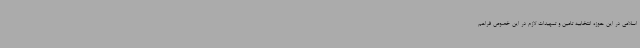
اسلامی در این حوزه انتخابیه تامین و تمهیدات لازم در این خصوص فراهم